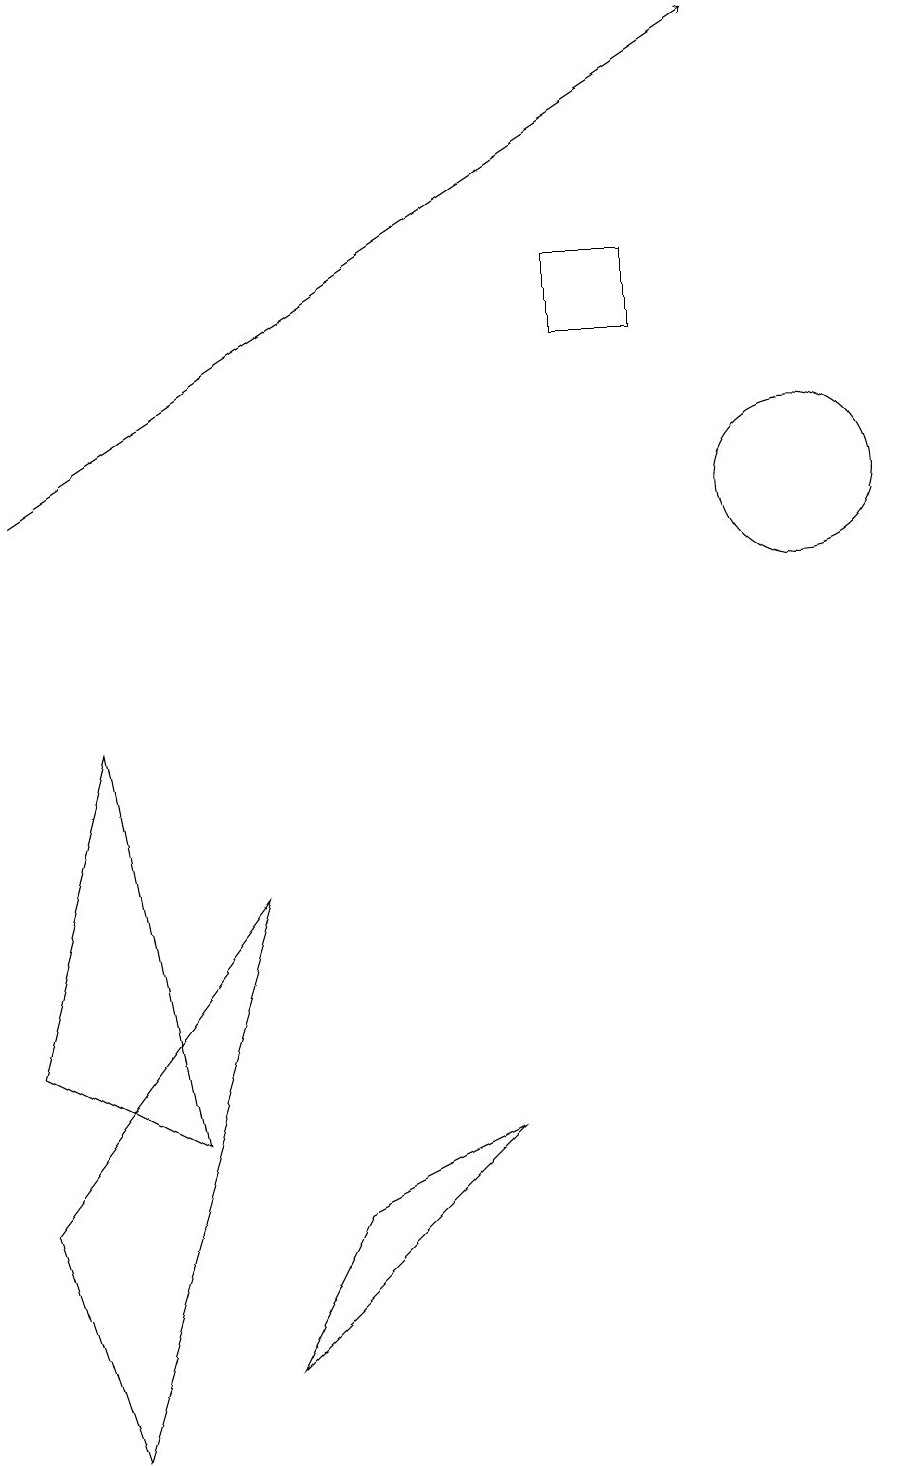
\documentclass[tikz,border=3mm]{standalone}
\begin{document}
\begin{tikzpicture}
\draw (3,7) -- (1,0) -- (0,3) -- cycle;
\draw (10,12) circle (1);
\draw (6,4) -- (4,3) -- (3,1) -- cycle;
\draw[->] (0,12) -- (9,18);
\draw (1,9) -- (0,5) -- (2,4) -- cycle;
\draw (8,15) rectangle (7,14);
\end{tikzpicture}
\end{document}